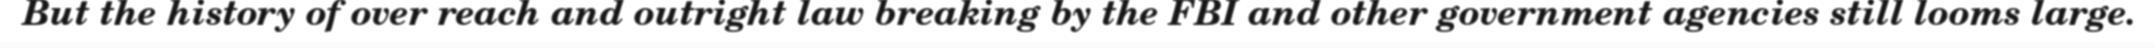
But the history of over reach and outright law breaking by the FBI and other government agencies still looms large.